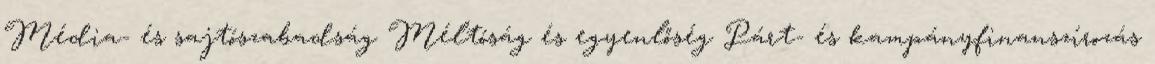
Média- és sajtószabadság Méltóság és egyenlőség Párt- és kampányfinanszírozás